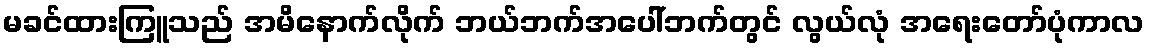
မခင်ထားကြူသည် အမိနောက်လိုက် ဘယ်ဘက်အပေါ်ဘက်တွင် လွယ်လုံ အရေးတော်ပုံကာလ